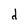
Character: d